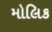
મોલિક